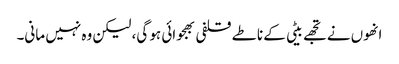
انھوں نے تجھے بیٹی کے ناطے قلفی بھجوائی ہو گی، لیکن وہ نہیں مانی۔